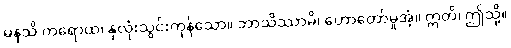
မနသိ ကရောထ၊ နှလုံးသွင်းကုန်သော။ ဘာသိဿာမိ၊ ဟောတော်မူအံ့။ ဣတိ၊ ဤသို့။